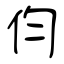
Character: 伨